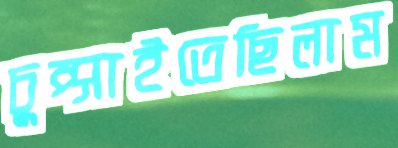
চুপ্‌সাইতেছিলাম